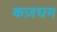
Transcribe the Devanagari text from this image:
कज़घम